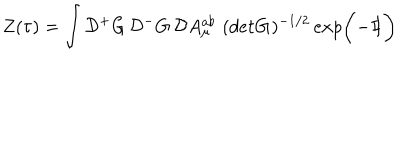
LaTeX: Z ( \tau ) = \int { \cal D } { ^ + } G \, { \cal D } { ^ - } G \, { \cal D } A _ { \mu } ^ { a b } \, \, ( d e t { \bf G } ) ^ { - 1 / 2 } \, e x p \bigg ( { - { I \! \! I } } \bigg )